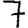
Digit: 7